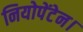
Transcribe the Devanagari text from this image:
नियोपेंटेन।